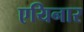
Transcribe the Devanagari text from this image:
एयिनार